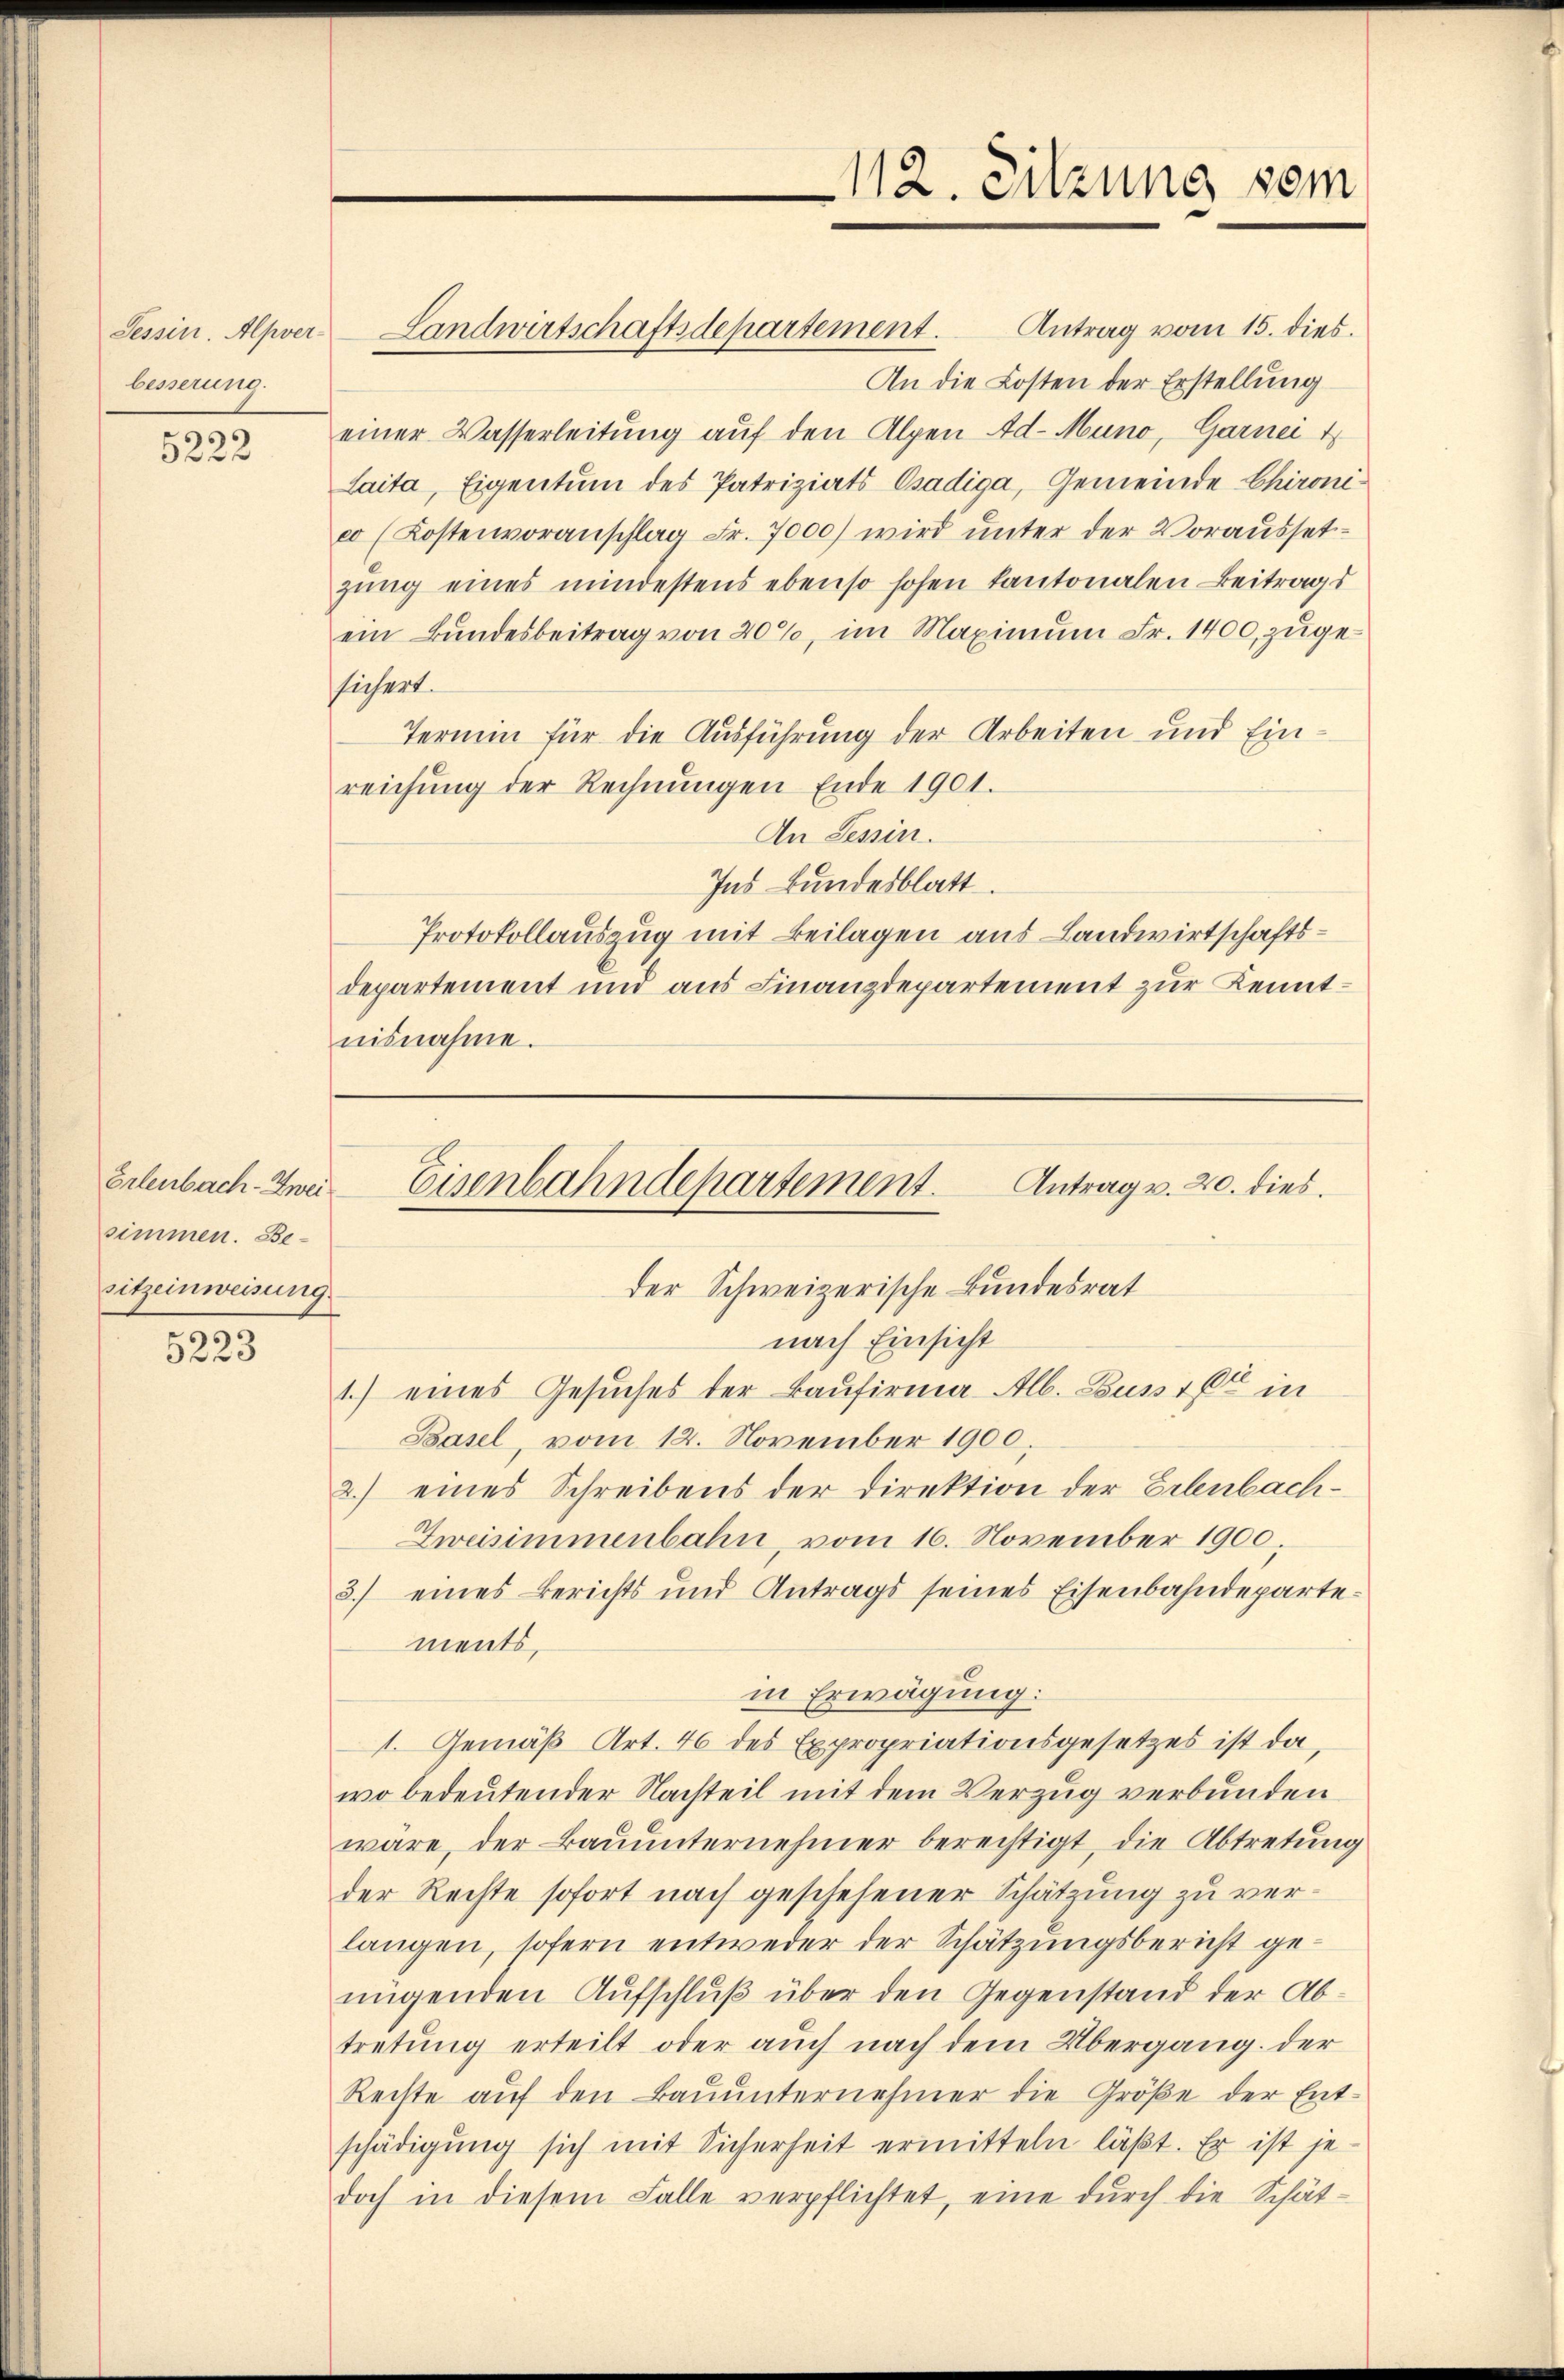
Tessin. Alpver-
besserung.

5222

simmen. Besitzeinweisung.

5223

Landwirtschaftsdepartement.

112. Sitzung vom

Antrag vom 15. dies.
An die Kosten der Erstellung
einer Wasserleitung auf den Alpen Ad-Muno, Garnei 1
Laita, Eigentum des Patriziats Osádiga, Gemeinde Chironico (Kostenvoranschlag Fr. 7000) wird ŭnter der Vorausset-
zung eines mindestens ebenso hohen kantonalen Beitrags
ein Bundesbeitrag von 20%, im Maximum Fr. 1400, zuge
sichert.
Termin für die Ausführung der Arbeiten und Einreichung der Rechnŭngen Ende 1901.
An Tessin.
Ins Bundesblatt.
Protokollauszug mit Beilagen aus Landwirtschaftsdepartement und aus Finanzdepartement zur Kenntnisnahme.

der Schweizerische Bundesrat
nach Einsicht
1.) eines Gesuches der Baufirma Alb. Busse in
Basel, vom 12. November 1900.
2.) eines Schreibens der Direktion der Erlenbach¬
Zweisimmenbahn, vom 16. November 1900.
3) eines Berichts und Antrags seines Eisenbahndepartements,
in Erwägung:
1. Gemäß Art. 46 des Expropriationsgesetzes ist da,
wo bedeutender Nachteil mit dem Verzug verbunden
wäre, der Baŭŭnternehmer berechtigt, die Abtretung
der Rechte sofort nach geschehener Schätzung zu verlangen, sofern entweder der Schätzungsbericht genügenden Aufschluß über den Gegenstand der Abtretung erteilt oder auch nach dem Übergang der
Rechte aŭf den Baŭŭnternehmer die Größe der Ent-
schädigung sich mit Sicherheit ermitteln läßt. Er ist je-
doch in diesem Falle verpflichtet, eine dŭrch die Schät¬

Erlenbach. Zwei Eisenbahndepartement. Antrag v. 20. dies